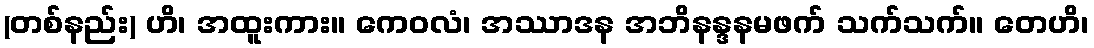
(တစ်နည်း) ဟိ၊ အထူးကား။ ကေဝလံ၊ အဿာဒန အဘိနန္ဒနမဖက် သက်သက်။ တေဟိ၊